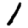
Digit: 1